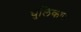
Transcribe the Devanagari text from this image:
धुलिकण